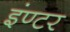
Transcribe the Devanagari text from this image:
इंण्टर